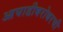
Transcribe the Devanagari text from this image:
आघाडीबरोबरची